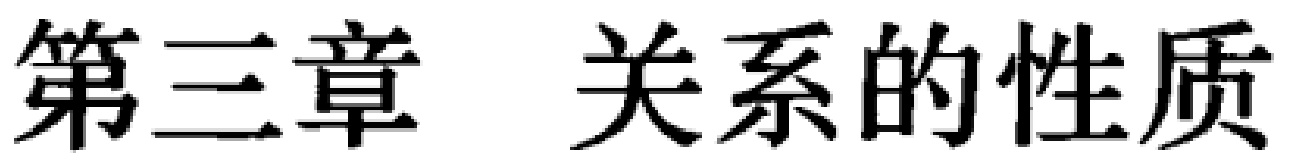
第三章 关系的性质